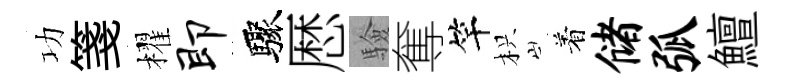
功箋櫂即驟厯驗奪竿枳着储弧鱣